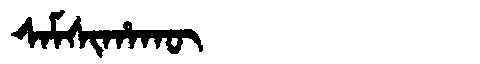
Manchu: ᠰᠠᠮᠰᡳᡥᠠᡴᡡ
Romanization: SAMSIHAKŪ